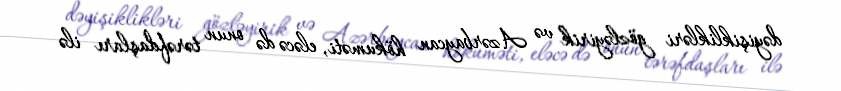
dəyişiklikləri gözləyirik və Azərbaycan hökuməti, eləcə də onun tərəfdaşları ilə